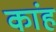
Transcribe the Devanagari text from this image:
कांह